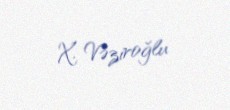
X. Vəziroğlu